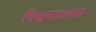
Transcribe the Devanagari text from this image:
विश्वनाथला